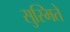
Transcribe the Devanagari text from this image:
सुस्मिते